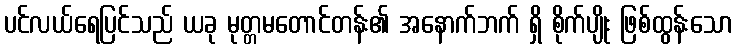
ပင်လယ်ရေပြင်သည် ယခု မုတ္တမတောင်တန်း၏ အနောက်ဘက် ရှိ စိုက်ပျိုး ဖြစ်ထွန်းသော